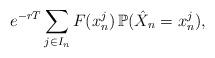
LaTeX: \begin{align*} e^{-rT} \sum_{j \in I_{n}} F(x_n^{j}) \, \mathbb P(\hat X_n = x_n^j), \end{align*}